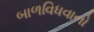
બાળવિધવાનો